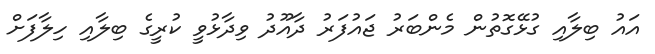
އައު ބިލާއި ގުޅޭގޮތުން މެންބަރު ޖައުފަރު ދާއޫދު ވިދާޅުވީ ކުރީގެ ބިލާއި ހިލާފަށް